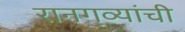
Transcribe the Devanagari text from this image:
रानगव्यांची